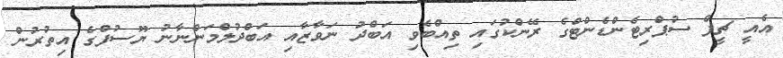
އެއީ ޗީފް ސުޕްރިޓެންޑެންޓްގެ ރޭންކުގައި ތިއްބެވި އަބްދު ނަވާޒާއި އަބްދުލްމަންނާނު ޔޫސުފްގެ އިތުރުން